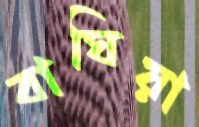
বাঘিয়া